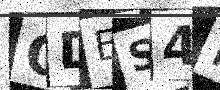
Text: ODES4H